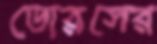
ডোরসের